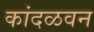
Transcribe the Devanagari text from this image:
कांदळवन